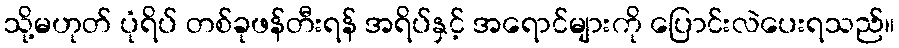
သို့မဟုတ် ပုံရိပ် တစ်ခုဖန်တီးရန် အရိပ်နှင့် အရောင်များကို ပြောင်းလဲပေးရသည်။